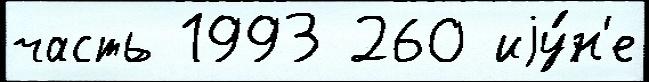
часть 1993 260 иjу́н'е